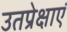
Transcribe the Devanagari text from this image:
उतप्रेक्षाएं